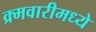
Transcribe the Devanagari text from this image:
क्र्मवारीमध्ये